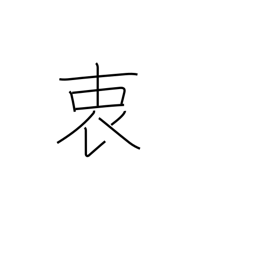
Meaning: inmost